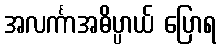
အလင်္ကာအဓိပ္ပာယ် ပြောရ